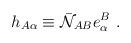
LaTeX: \begin{align*}h_{A\alpha} \equiv \bar {\cal N}_{AB} e_\alpha ^B\ . \end{align*}